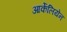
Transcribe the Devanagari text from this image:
आर्केलियेन